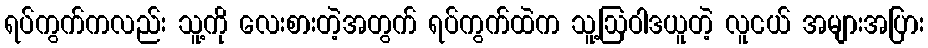
ရပ်ကွက်ကလည်း သူ့ကို လေးစားတဲ့အတွက် ရပ်ကွက်ထဲက သူ့ဩဝါဒယူတဲ့ လူငယ် အများအပြား